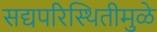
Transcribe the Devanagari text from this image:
सद्यपरिस्थितीमुळे